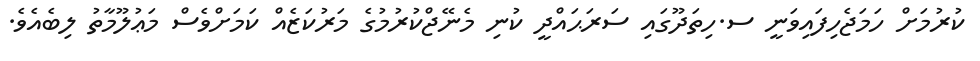
ކުރުމަށް ހަމަޖެހިފައިވަނީ ސ.ހިތަދޫގައި ސަރަޙައްދީ ކުނި މެނޭޖްކުރުމުގެ މަރުކަޒެއް ކަމަށްވެސް މަޢުލޫމާތު ލިބެއެވެ.